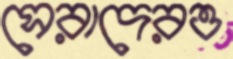
সেরাদেরও